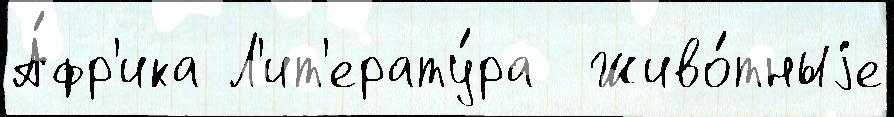
А́фр'ика Л'ит'ерату́ра  Живо́тныjе